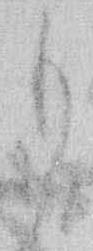
も